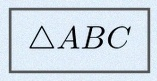
\triangle ABC